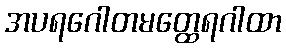
အပရဂေါတမတ္ထေရဂါထာ